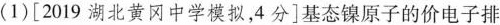
(1)[2019湖北黄冈中学模拟，4分]基态镍原子的价电子排